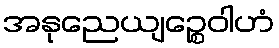
အနုညေယျဉ္စေဝါဟံ